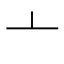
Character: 亠